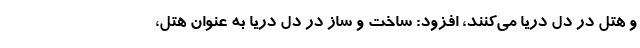
و هتل در دل دریا می‌کنند، افزود: ساخت و ساز در دل دریا به عنوان هتل،